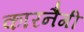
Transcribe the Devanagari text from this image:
कारनैगी